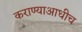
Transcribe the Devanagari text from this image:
कराण्याआधीच